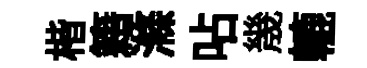
楷籍滌呫㡬轆